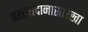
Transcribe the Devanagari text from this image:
पसायदानासारखा